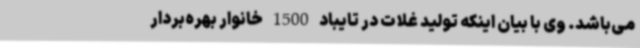
می‌باشد. وی با بیان اینکه تولید غلات در تایباد 1500 خانوار بهره‌بردار